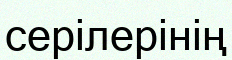
серілерінің